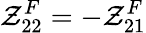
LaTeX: \mathcal{Z}_{22}^{F}=-\mathcal{Z}_{21}^{F}